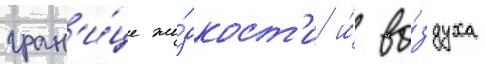
гран'и́це жи́дкост'и и́ во́здуха